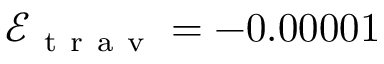
\mathcal { E } _ { \mathrm { ~ t ~ r ~ a ~ v ~ } } = - 0 . 0 0 0 0 1